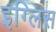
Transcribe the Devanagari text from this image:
इग्लिस